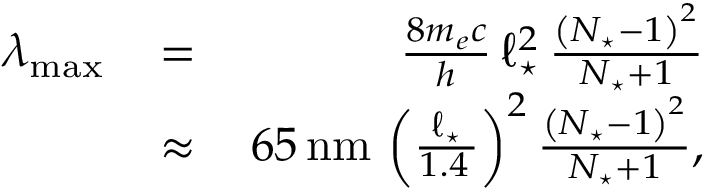
\begin{array} { r l r } { \lambda _ { \mathrm { m a x } } \, } & { = } & { \, \frac { 8 m _ { e } c } { h } \, \ell _ { \star } ^ { 2 } \, \frac { \left( N _ { \star } - 1 \right) ^ { 2 } } { N _ { \star } + 1 } } \\ & { \approx } & { \, 6 5 \, \mathrm { n m } \, \left( \frac { \ell _ { \star } } { 1 . 4 \, \AA } \right) ^ { 2 } \frac { \left( N _ { \star } - 1 \right) ^ { 2 } } { N _ { \star } + 1 } , } \end{array}